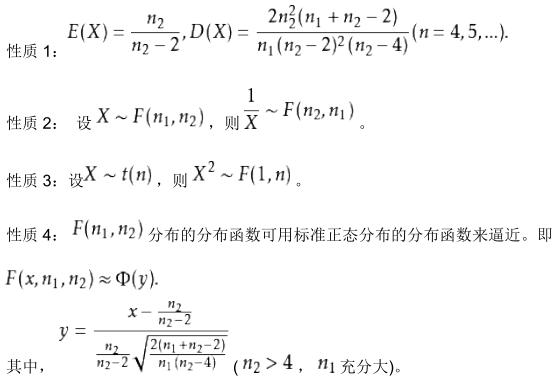
性质 1：
\[
E(X)=\frac{n_2}{n_2 - 2},D(X)=\frac{2n_2^2(n_1 + n_2 - 2)}{n_1(n_2 - 2)^2(n_2 - 4)}(n = 4,5,\ldots).
\]

性质 2：设 \(X\sim F(n_1,n_2)\)，则 \(\frac{1}{X}\sim F(n_2,n_1)\)。

性质 3：设 \(X\sim t(n)\)，则 \(X^2\sim F(1,n)\)。

性质 4：\(F(n_1,n_2)\) 分布的分布函数可用标准正态分布的分布函数来逼近。即 \(F(x,n_1,n_2)\approx\Phi(y)\)。

其中，
\[
y = \frac{x-\frac{n_2}{n_2 - 2}}{\frac{n_2}{n_2 - 2}\sqrt{\frac{2(n_1 + n_2 - 2)}{n_1(n_2 - 4)}}}(n_2>4,\ n_1\text{ 充分大}).
\]